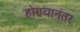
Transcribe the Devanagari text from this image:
होण्यानंतर